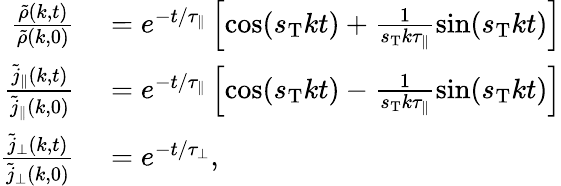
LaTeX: \begin{array}{rl}{\frac{\tilde{\rho}(k,t)}{\tilde{\rho}(k,0)}}&{{}=e^{-t/\tau_{\parallel}}\left[\cos(s_{\mathrm{T}}kt)+\frac{1}{s_{\mathrm{T}}k\tau_{\parallel}}\sin(s_{\mathrm{T}}kt)\right]}\\ {\frac{\tilde{j}_{\parallel}(k,t)}{\tilde{j}_{\parallel}(k,0)}}&{{}=e^{-t/\tau_{\parallel}}\left[\cos(s_{\mathrm{T}}kt)-\frac{1}{s_{\mathrm{T}}k\tau_{\parallel}}\sin(s_{\mathrm{T}}kt)\right]}\\ {\frac{\tilde{j}_{\perp}(k,t)}{\tilde{j}_{\perp}(k,0)}}&{{}=e^{-t/\tau_{\perp}},}\end{array}